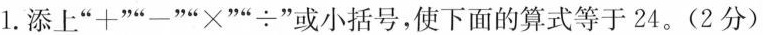
1.添上”+””-””×””÷”或小括号，使下面的算式等于24。(2分)